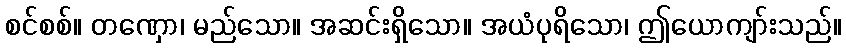
စင်စစ်။ တဏှော၊ မည်သော။ အဆင်းရှိသော။ အယံပုရိသော၊ ဤယောကျာ်းသည်။